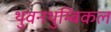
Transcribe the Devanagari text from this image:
थुवनथुम्बिकल